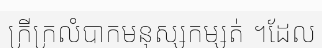
ក្រីក្រលំបាកមនុស្សកម្សត់ ។ដែល